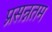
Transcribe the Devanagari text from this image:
प्रसन्नतम